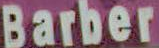
Barber